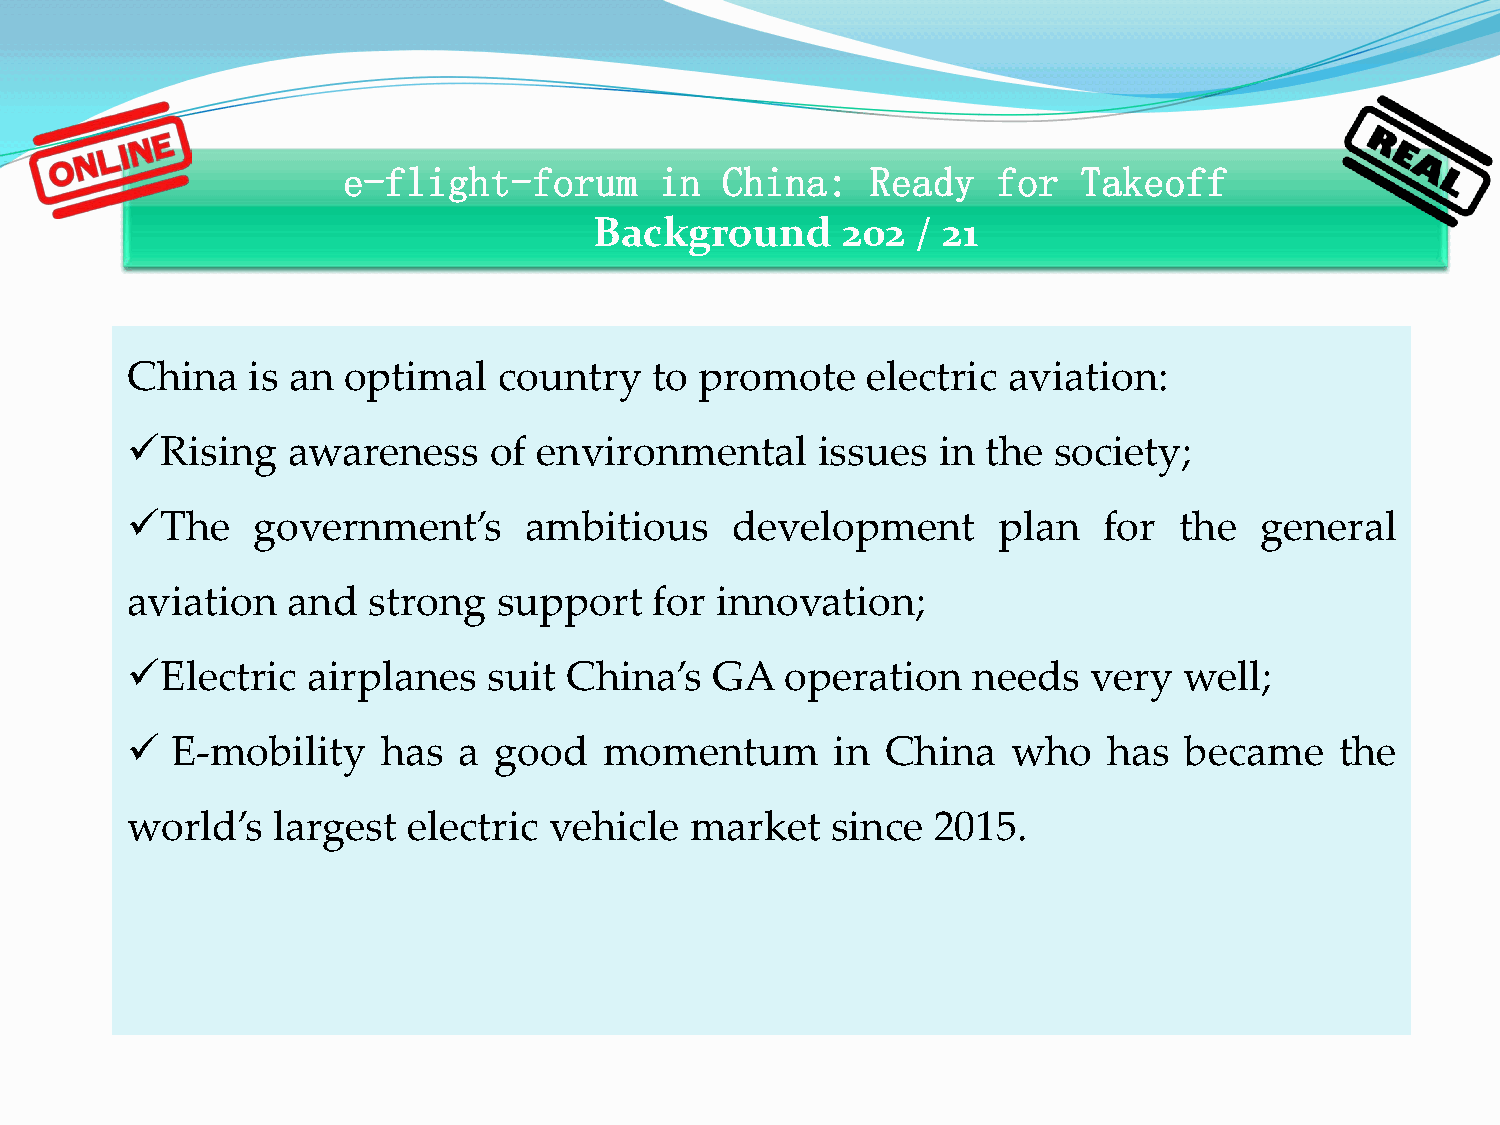
e-flight-forum       in  China:    Ready   for   Takeoff
 Background       202  / 21
 China   is an  optimal   country   to promote    electric  aviation:
 Rising    awareness    of  environmental     issues  in the  society;
 The     government’s      ambitious    development       plan   for  the  general
 aviation   and  strong   support   for innovation;
 Electric   airplanes   suit China’s   GA   operation   needs   very  well;
   E-mobility    has  a  good   momentum       in  China   who   has  became     the
 world’s   largest  electric vehicle   market   since  2015.